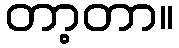
တာ့တာ။